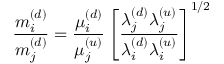
{ \frac { m _ { i } ^ { ( d ) } } { m _ { j } ^ { ( d ) } } } = { \frac { \mu _ { i } ^ { ( d ) } } { \mu _ { j } ^ { ( u ) } } } \left[ { \frac { \lambda _ { j } ^ { ( d ) } \lambda _ { j } ^ { ( u ) } } { \lambda _ { i } ^ { ( d ) } \lambda _ { i } ^ { ( u ) } } } \right] ^ { 1 / 2 }